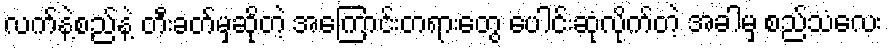
လက်နဲ့စည်နဲ့ တီးခတ်မှဆိုတဲ့ အကြောင်းတရားတွေ ပေါင်းဆုံလိုက်တဲ့ အခါမှ စည်သံလေး